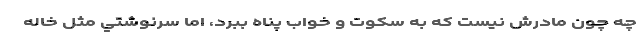
چه چون مادرش نيست كه به سكوت و خواب پناه ببرد، اما سرنوشتي مثل خاله